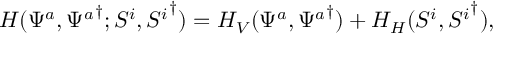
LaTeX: { \cal { H } } ( \Psi ^ { a } , { \Psi ^ { a } } ^ { \dagger } ; S ^ { i } , { S ^ { i } } ^ { \dagger } ) = { \cal { H } } _ { V } ( \Psi ^ { a } , { \Psi ^ { a } } ^ { \dagger } ) + { \cal { H } } _ { H } ( S ^ { i } , { S ^ { i } } ^ { \dagger } ) ,